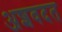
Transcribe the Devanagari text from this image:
अशवदत